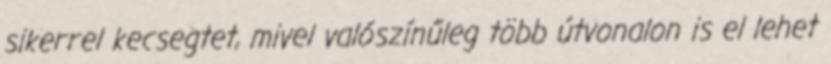
sikerrel kecsegtet, mivel valószínűleg több útvonalon is el lehet